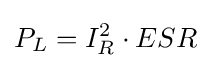
P_{L}=I_{R}^{2}\cdot ESR